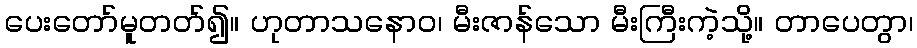
ပေးတော်မူတတ်၍။ ဟုတာသနောဝ၊ မီးဇာန်သော မီးကြီးကဲ့သို့။ တာပေတွာ၊